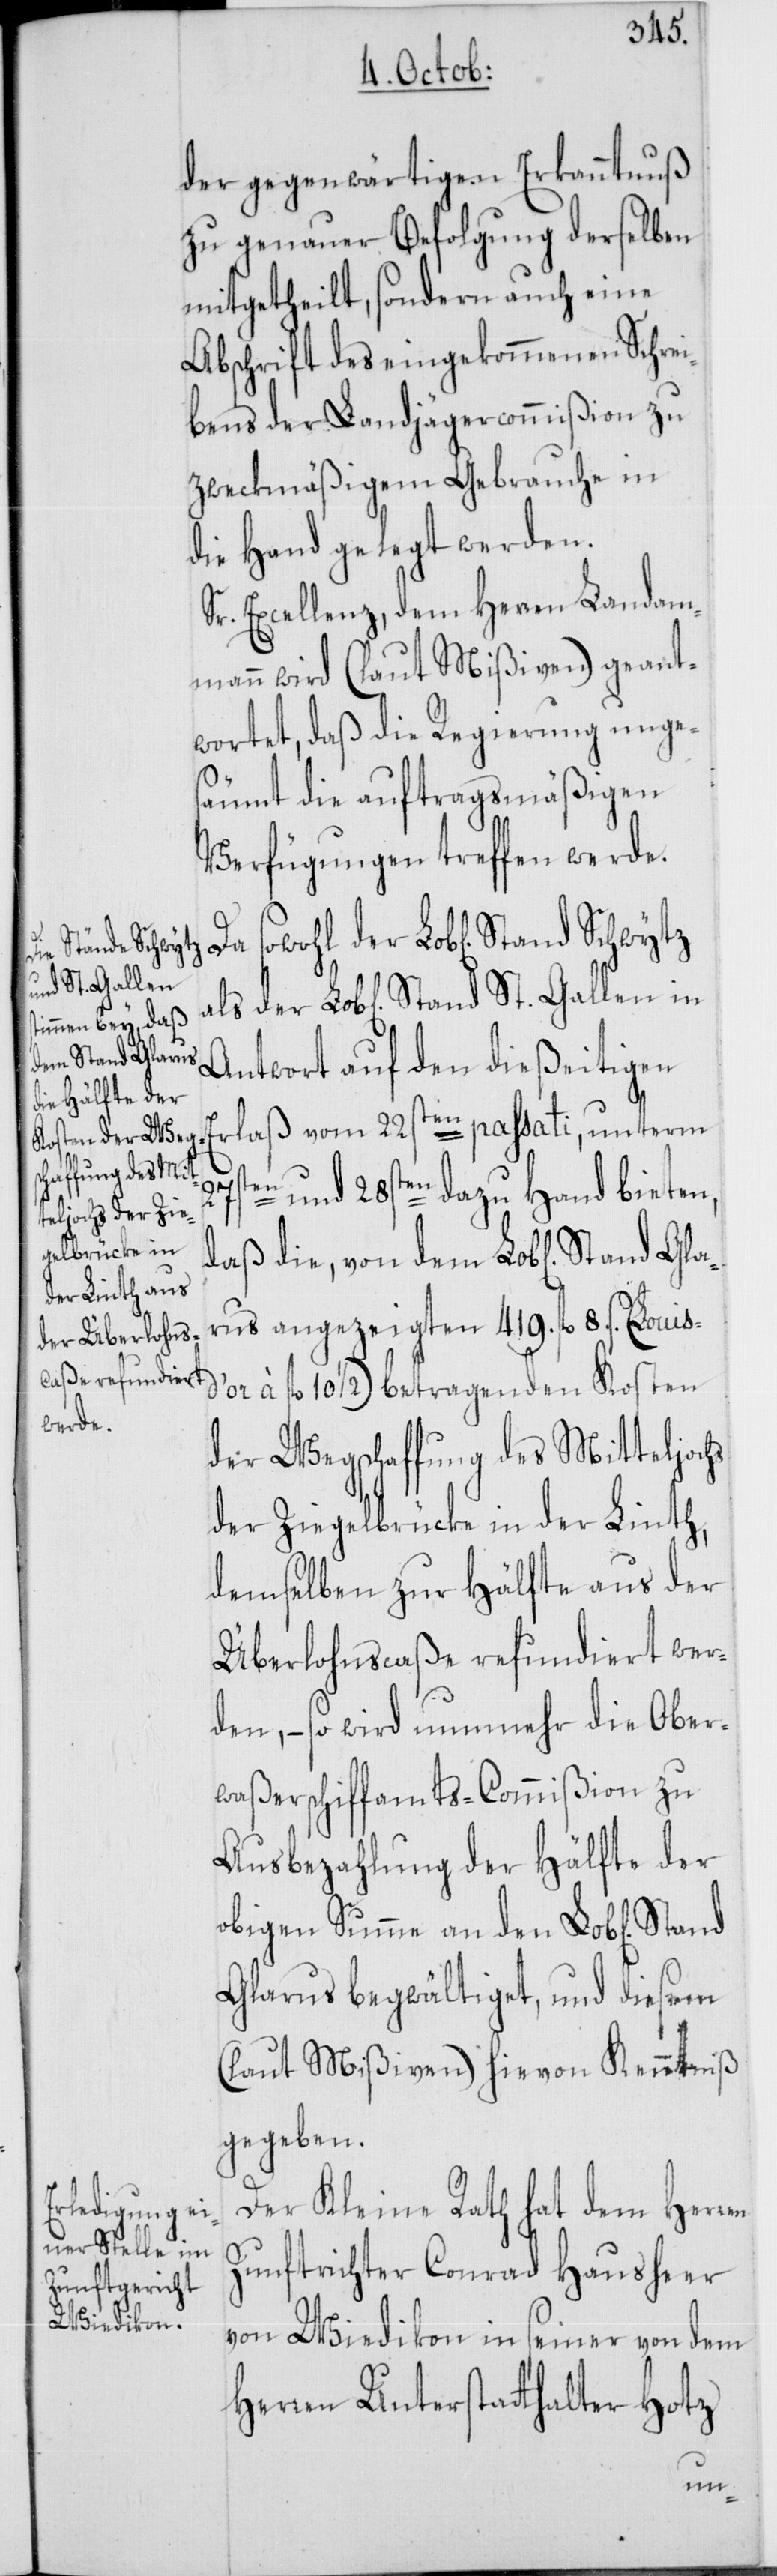
Stand Schwytz
and St. Gallen

der gegenwärtigen Erkanntnuß
zu genauer Befolgung derselben
mitgetheilt, sondern auch eine
Abschrift des eingekommenen Schrei¬
bens der Landjägercommißion zu
zweckmäßigem Gebrauche in
die Hand gelegt werden.
Sr. Excellenz, dem Herren Landam¬
mann wird (laut Mißiven) geant¬
wortet, daß die Regierung unges¬
äumt die auftragsmäßigen
Verfügungen treffen werde.
Antwort auf den dießeitigen
Erlaß vom 22sten passati, unterm
27sten und 28sten dazu Hand bieten,
daß die, von dem Lob[lichen] Sta¬
rus angezeigten 419. fl. 8. ß.
à fl. 10 1/2) betragenden Kosten
der Wegschaffung des Mitteljochs
der Ziegelbrücke in der Linth,
demselben zur Hälfte aus der
Überlohnscaße refundiert wer¬
den, – so wird nunmehr die Ober¬
waßerschiffamts-Commißion zu
Ausbezahlung der Hälfte der
obigen Summe an den Lob[lichen]
Glarus begwältiget, und diesem
(laut Mißiven) hievon Kenntniß
gegeben.
Der Kleine Rath hat dem Herren
Zunftrichter Conrad Hausheer
von Wiedikon in seiner von dem
Herren Unterstatthalter Hotz
Gla¬